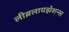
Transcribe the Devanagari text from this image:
लीब्रलायझेशन्स